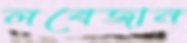
লবেজান